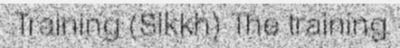
Training (Sikkh) The training